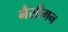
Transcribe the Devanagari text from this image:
नैसीगन